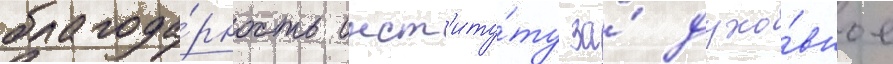
благода́рность инст'иту́ту за́ духо́вное